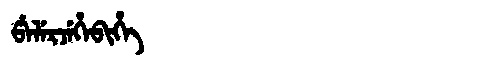
Manchu: ᡦᡝᠯᡝᡵᠵᡝᡥᡝᠪᡳᡥᡝ
Romanization: PELERJEHEBIHE